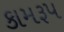
કામરૂપ